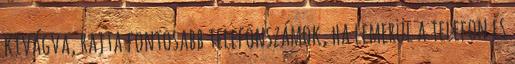
kivágva, rajta fontosabb telefonszámok, ha lemerül a telefon és